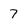
Character: 7